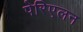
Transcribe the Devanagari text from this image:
पेरिएलन